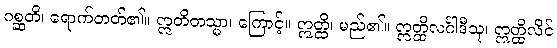
ဂစ္ဆတိ၊ ရောက်တတ်၏။ ဣတိတသ္မာ၊ ကြောင့်။ ဣတ္ထိ၊ မည်၏။ ဣတ္ထိလင်္ဂါဒီသု၊ ဣတ္ထိလိင်